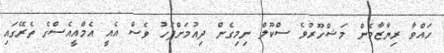
ހައްވާ ރިޔާޒާމެން މަޝްހޫރުވެ ސްކޫލް ނިމިގެން ދިއުމަށްފަހު ވެސް އެއީ އެމްއީއެސްގެ ތެރޭގައި